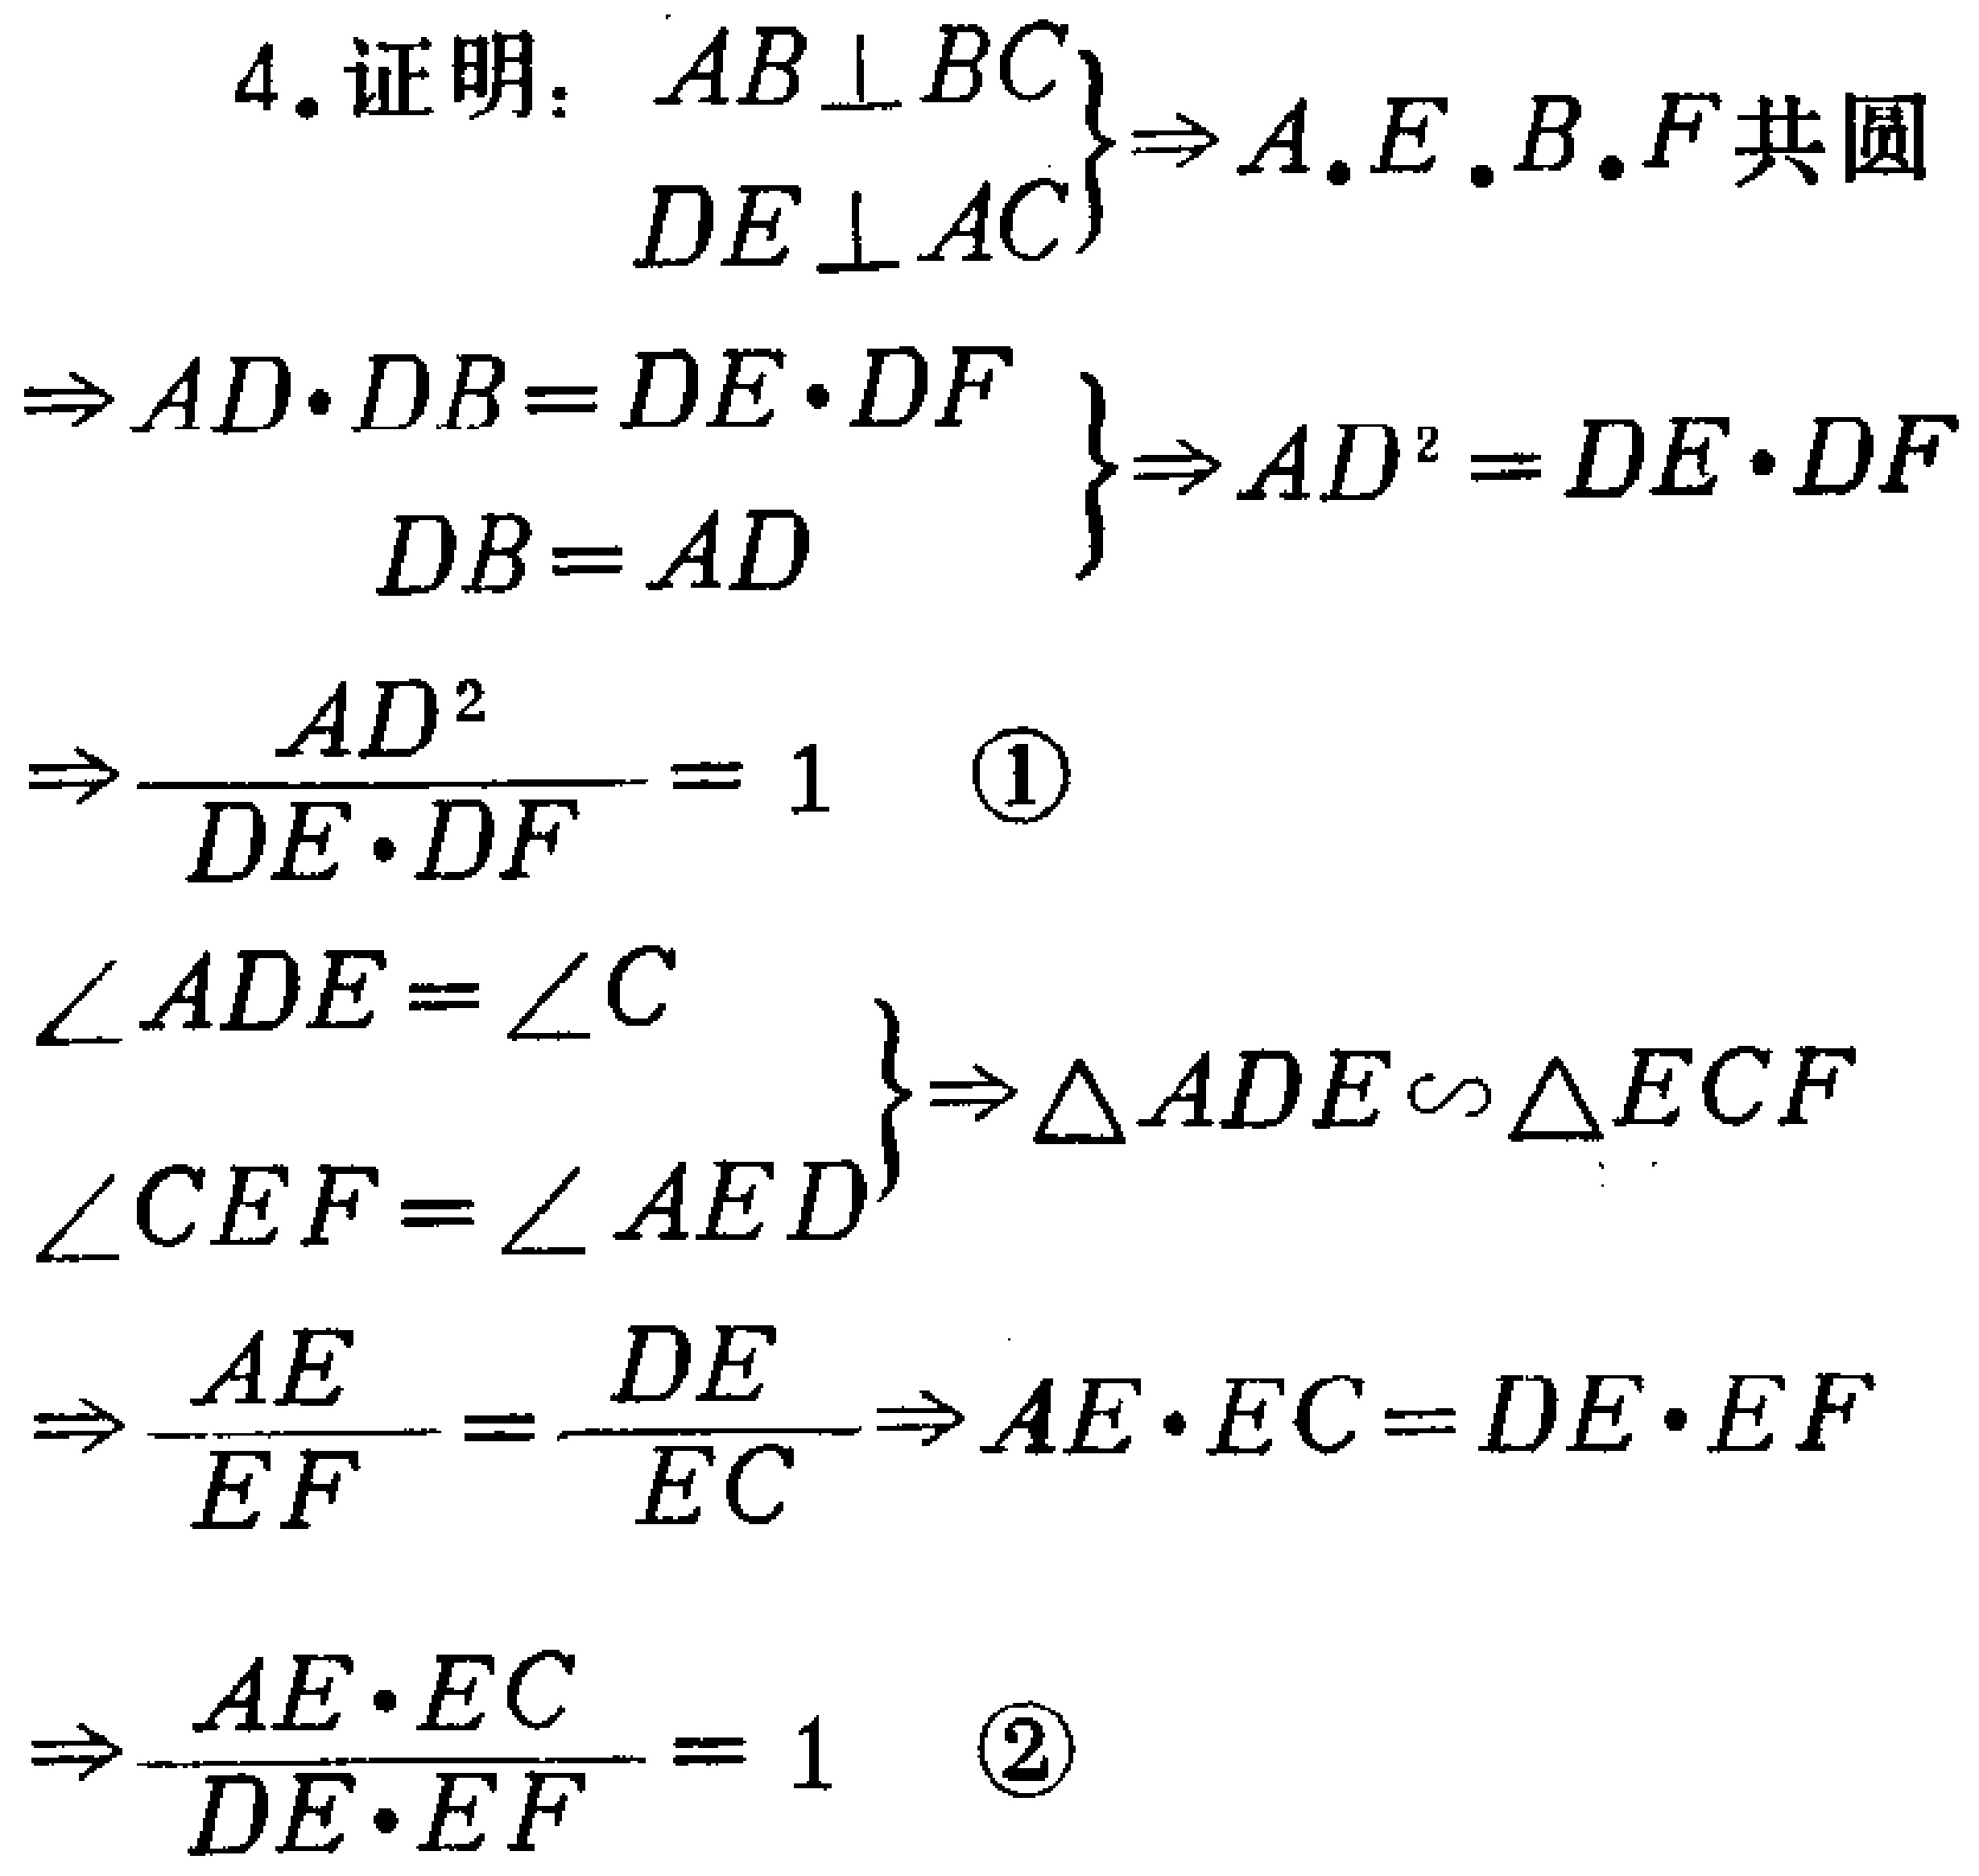
4.证明：
\begin{align*}
&\left.\begin{array}{l}
AB\perp BC\\
DE\perp AC
\end{array}\right\}\Rightarrow A,E,B,F\text{ 共圆}\\
&\left.\begin{array}{l}
\Rightarrow AD\cdot DB = DE\cdot DF\\
DB = AD
\end{array}\right\}\Rightarrow AD^{2}=DE\cdot DF\\
&\Rightarrow\frac{AD^{2}}{DE\cdot DF}=1 \quad\textcircled{1}\\
&\left.\begin{array}{l}
\angle ADE=\angle C\\
\angle CEF=\angle AED
\end{array}\right\}\Rightarrow\triangle ADE\sim\triangle ECF\\
&\Rightarrow\frac{AE}{EF}=\frac{DE}{EC}\Rightarrow AE\cdot EC = DE\cdot EF\\
&\Rightarrow\frac{AE\cdot EC}{DE\cdot EF}=1 \quad\textcircled{2}
\end{align*}